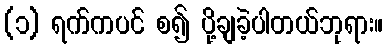
(၁) ရက်ကပင် စ၍ ပို့ချခဲ့ပါတယ်ဘုရား။